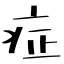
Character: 症